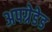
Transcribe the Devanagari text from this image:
अपग्रेडेड